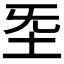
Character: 𡉙